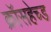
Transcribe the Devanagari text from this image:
क्रॉसहेच्ड